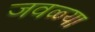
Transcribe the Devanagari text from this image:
जवळ्या